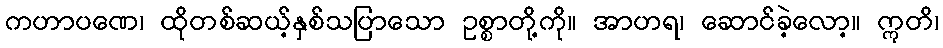
ကဟာပဏေ၊ ထိုတစ်ဆယ့်နှစ်သပြာသော ဥစ္စာတို့ကို။ အာဟရ၊ ဆောင်ခဲ့လော့။ ဣတိ၊